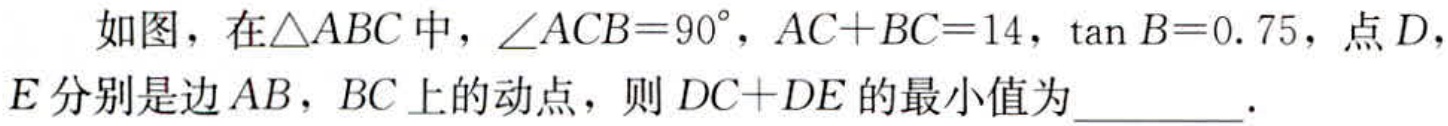
如图，在$\triangle ABC$中，$\angle ACB = 90^{\circ}$，$AC + BC = 14$，$\tan B = 0.75$，点$D$，$E$分别是边$AB$，$BC$上的动点，则$DC + DE$的最小值为________．